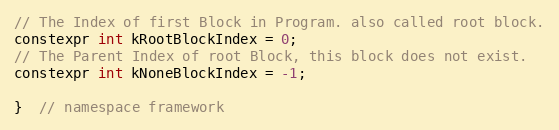
Language: C
// The Index of first Block in Program. also called root block.
constexpr int kRootBlockIndex = 0;
// The Parent Index of root Block, this block does not exist.
constexpr int kNoneBlockIndex = -1;

}  // namespace framework